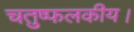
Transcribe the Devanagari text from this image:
चतुष्फलकीय।